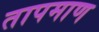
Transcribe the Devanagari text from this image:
तापमाण